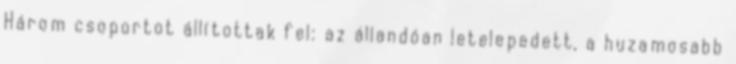
Három csoportot állítottak fel: az állandóan letelepedett, a huzamosabb